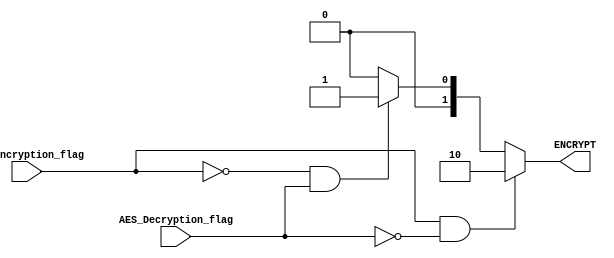
`timescale 1ns / 1ps
//////////////////////////////////////////////////////////////////////////////////
// Company: 
// Engineer: 
// 
// Design Name: 
// Module Name: AES_d_e
// Project Name: 
// Target Devices: 
// Tool Versions: 
// Description: 
// 
// Dependencies: 
// 
// Revision:
// Revision 0.01 - File Created
// Additional Comments:
// 
//////////////////////////////////////////////////////////////////////////////////



module AES_d_e(
input AES_Encryption_flag,
input AES_Decryption_flag,
output reg [1:0] ENCRYPT
//output reg e_reset = 1,
//output reg d_reset = 1
    );
    
    always @(AES_Encryption_flag or AES_Decryption_flag) begin
	   if(AES_Encryption_flag == 1 && AES_Decryption_flag == 0) 
	       ENCRYPT = 2'b10;
       else if(AES_Encryption_flag == 0 && AES_Decryption_flag == 1) 
	       ENCRYPT = 2'b01;
	   else 
	       ENCRYPT = 2'b00;
	end
    
    
    
endmodule